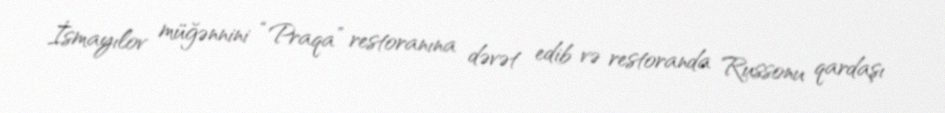
İsmayılov müğənnini “Praqa” restoranına dəvət edib və restoranda Russonu qardaşı